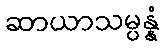
ဆာယာသမ္ပန္နံ